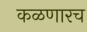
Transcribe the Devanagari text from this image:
कळणारच